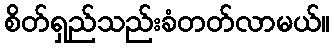
စိတ်ရှည်သည်းခံတတ်လာမယ်။